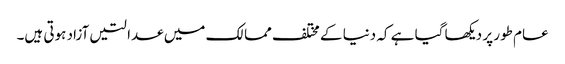
عام طور پر دیکھا گیا ہے کہ دنیا کے مختلف ممالک میں عدالتیں آزاد ہوتی ہیں۔